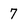
Character: 7